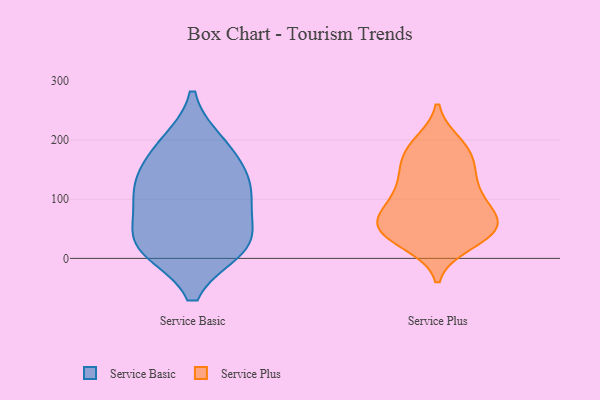
{"axis": {"x": "Net Income (USD K)", "y": "Value"}, "legend": ["Service Basic", "Service Plus"], "data": [{"x": "", "y": 97, "type": "Service Basic"}, {"x": "", "y": 20, "type": "Service Basic"}, {"x": "", "y": 32, "type": "Service Basic"}, {"x": "", "y": 98, "type": "Service Basic"}, {"x": "", "y": 133, "type": "Service Basic"}, {"x": "", "y": 193, "type": "Service Basic"}, {"x": "", "y": 182, "type": "Service Basic"}, {"x": "", "y": 18, "type": "Service Basic"}, {"x": "", "y": 26, "type": "Service Basic"}, {"x": "", "y": 128, "type": "Service Basic"}, {"x": "", "y": 97, "type": "Service Plus"}, {"x": "", "y": 72, "type": "Service Plus"}, {"x": "", "y": 187, "type": "Service Plus"}, {"x": "", "y": 60, "type": "Service Plus"}, {"x": "", "y": 26, "type": "Service Plus"}, {"x": "", "y": 194, "type": "Service Plus"}, {"x": "", "y": 45, "type": "Service Plus"}, {"x": "", "y": 72, "type": "Service Plus"}, {"x": "", "y": 56, "type": "Service Plus"}, {"x": "", "y": 131, "type": "Service Plus"}, {"x": "", "y": 184, "type": "Service Plus"}, {"x": "", "y": 79, "type": "Service Plus"}, {"x": "", "y": 125, "type": "Service Plus"}, {"x": "", "y": 37, "type": "Service Plus"}, {"x": "", "y": 41, "type": "Service Plus"}, {"x": "", "y": 159, "type": "Service Plus"}, {"x": "", "y": 158, "type": "Service Plus"}, {"x": "", "y": 112, "type": "Service Plus"}, {"x": "", "y": 41, "type": "Service Plus"}]}